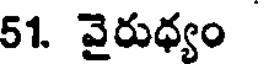
51. వైరుధ్యం